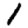
Digit: 1